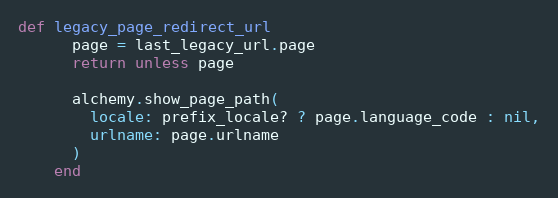
Language: Ruby
def legacy_page_redirect_url
      page = last_legacy_url.page
      return unless page

      alchemy.show_page_path(
        locale: prefix_locale? ? page.language_code : nil,
        urlname: page.urlname
      )
    end